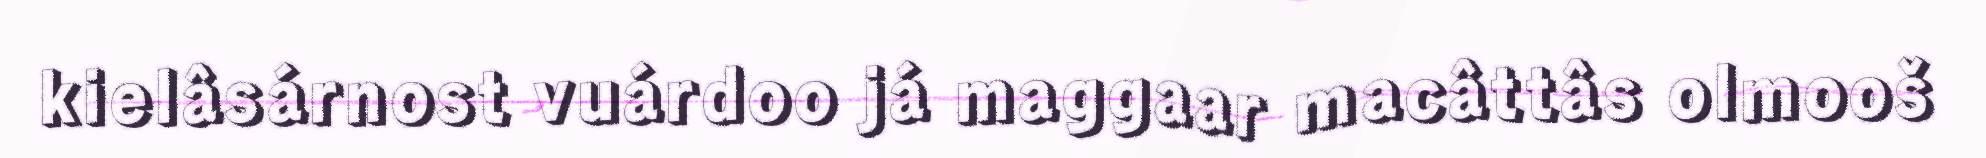
kielâsárnost vuárdoo já maggaar macâttâs olmooš